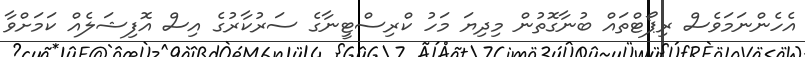
އެހެންނަމަވެސް ރިޕޯޓްތައް ބުނާގޮތުން މިދިޔަ މަހު ކްރިސްޓީނާގެ ސަރުކާރުގެ އިސް އޮފިޝަލެއް ކަމަށްވާ